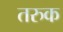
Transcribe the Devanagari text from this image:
तरुक